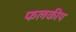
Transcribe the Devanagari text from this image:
फलकीय